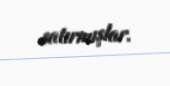
satırmışlar.